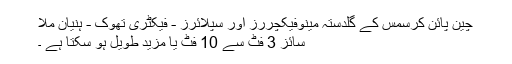
چین پائن کرسمس کے گلدستہ مینوفیکچررز اور سپلائرز - فیکٹری تھوک - ہنیان ملا
سائز 3 فٹ سے 10 فٹ یا مزید طویل ہو سکتا ہے ۔